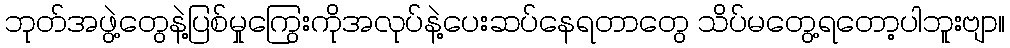
ဘုတ်အဖွဲ့တွေနဲ့ပြစ်မှုကြွေးကိုအလုပ်နဲ့ပေးဆပ်နေရတာတွေ သိပ်မတွေ့ရတော့ပါဘူးဗျာ။